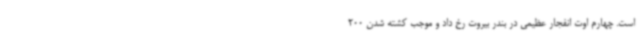
است. چهارم اوت انفجار عظیمی در بندر بیروت رخ داد و موجب کشته شدن 200